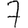
Digit: 7